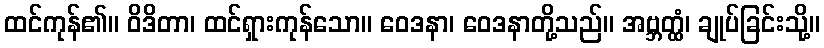
ထင်ကုန်၏။ ဝိဒိတာ၊ ထင်ရှားကုန်သော။ ဝေဒနာ၊ ဝေဒနာတို့သည်။ အဗ္ဘတ္ထံ၊ ချုပ်ခြင်းသို့။